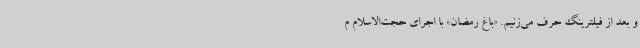
و بعد از فیلترینگ حرف می‌زنیم. «باغ رمضان» با اجرای حجت‌الاسلام م